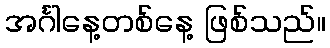
အင်္ဂါနေ့တစ်နေ့ ဖြစ်သည်။